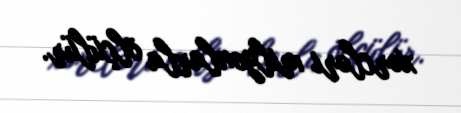
xərcləri milyonlarla ölçülür.